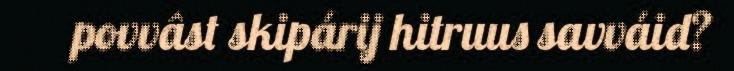
povvâst skipárij hitruus savváid?